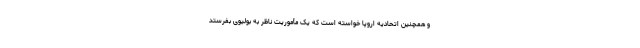
و همچنین اتحادیه اروپا خواسته است که یک مأموریت ناظر به بولیوی بفرستد